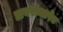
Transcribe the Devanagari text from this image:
डायरोक्टरेट